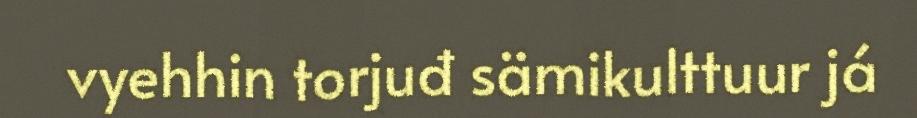
vyehhin torjuđ sämikulttuur já